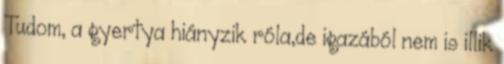
Tudom, a gyertya hiányzik róla,de igazából nem is illik